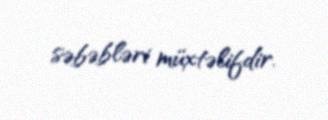
səbəbləri müxtəlifdir.